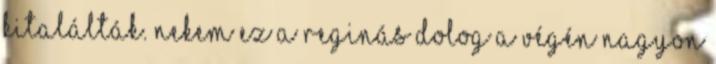
kitalálták. Nekem ez a Reginás dolog a végén nagyon